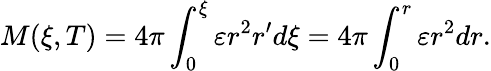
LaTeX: M(\xi,T)=4\pi\int_{0}^{\xi}\varepsilon r^{2}r^{\prime}d\xi=4\pi\int_{0}^{r}\varepsilon r^{2}dr.